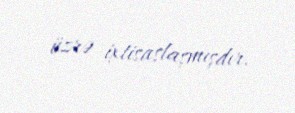
üzrə ixtisaslaşmışdır.